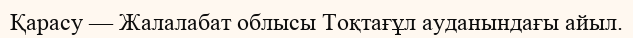
Қарасу — Жалалабат облысы Тоқтағұл ауданындағы айыл.